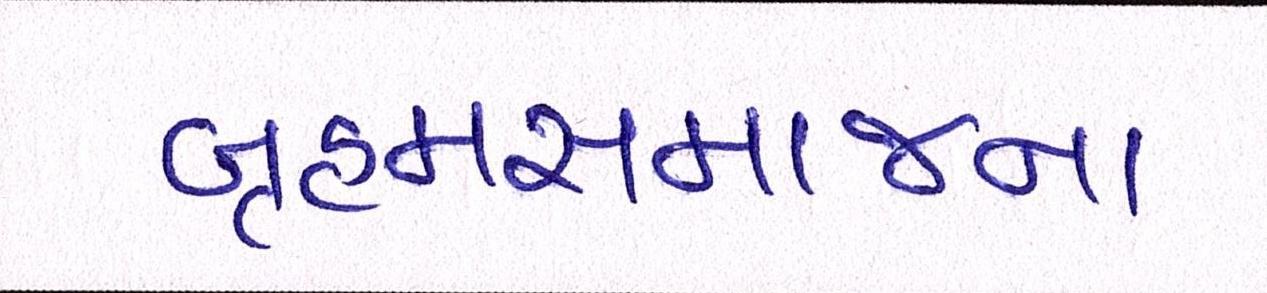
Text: બ્રહ્મસમાજના